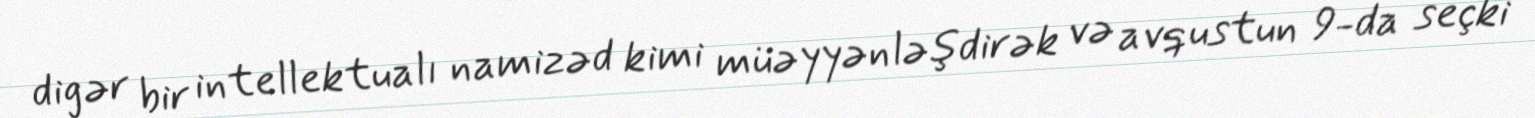
digər bir intellektualı namizəd kimi müəyyənləşdirək və avqustun 9-da seçki